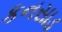
કનસાડ